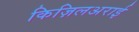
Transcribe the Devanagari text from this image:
किज़िलअराई